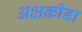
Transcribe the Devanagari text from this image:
अक्षक्रीडा